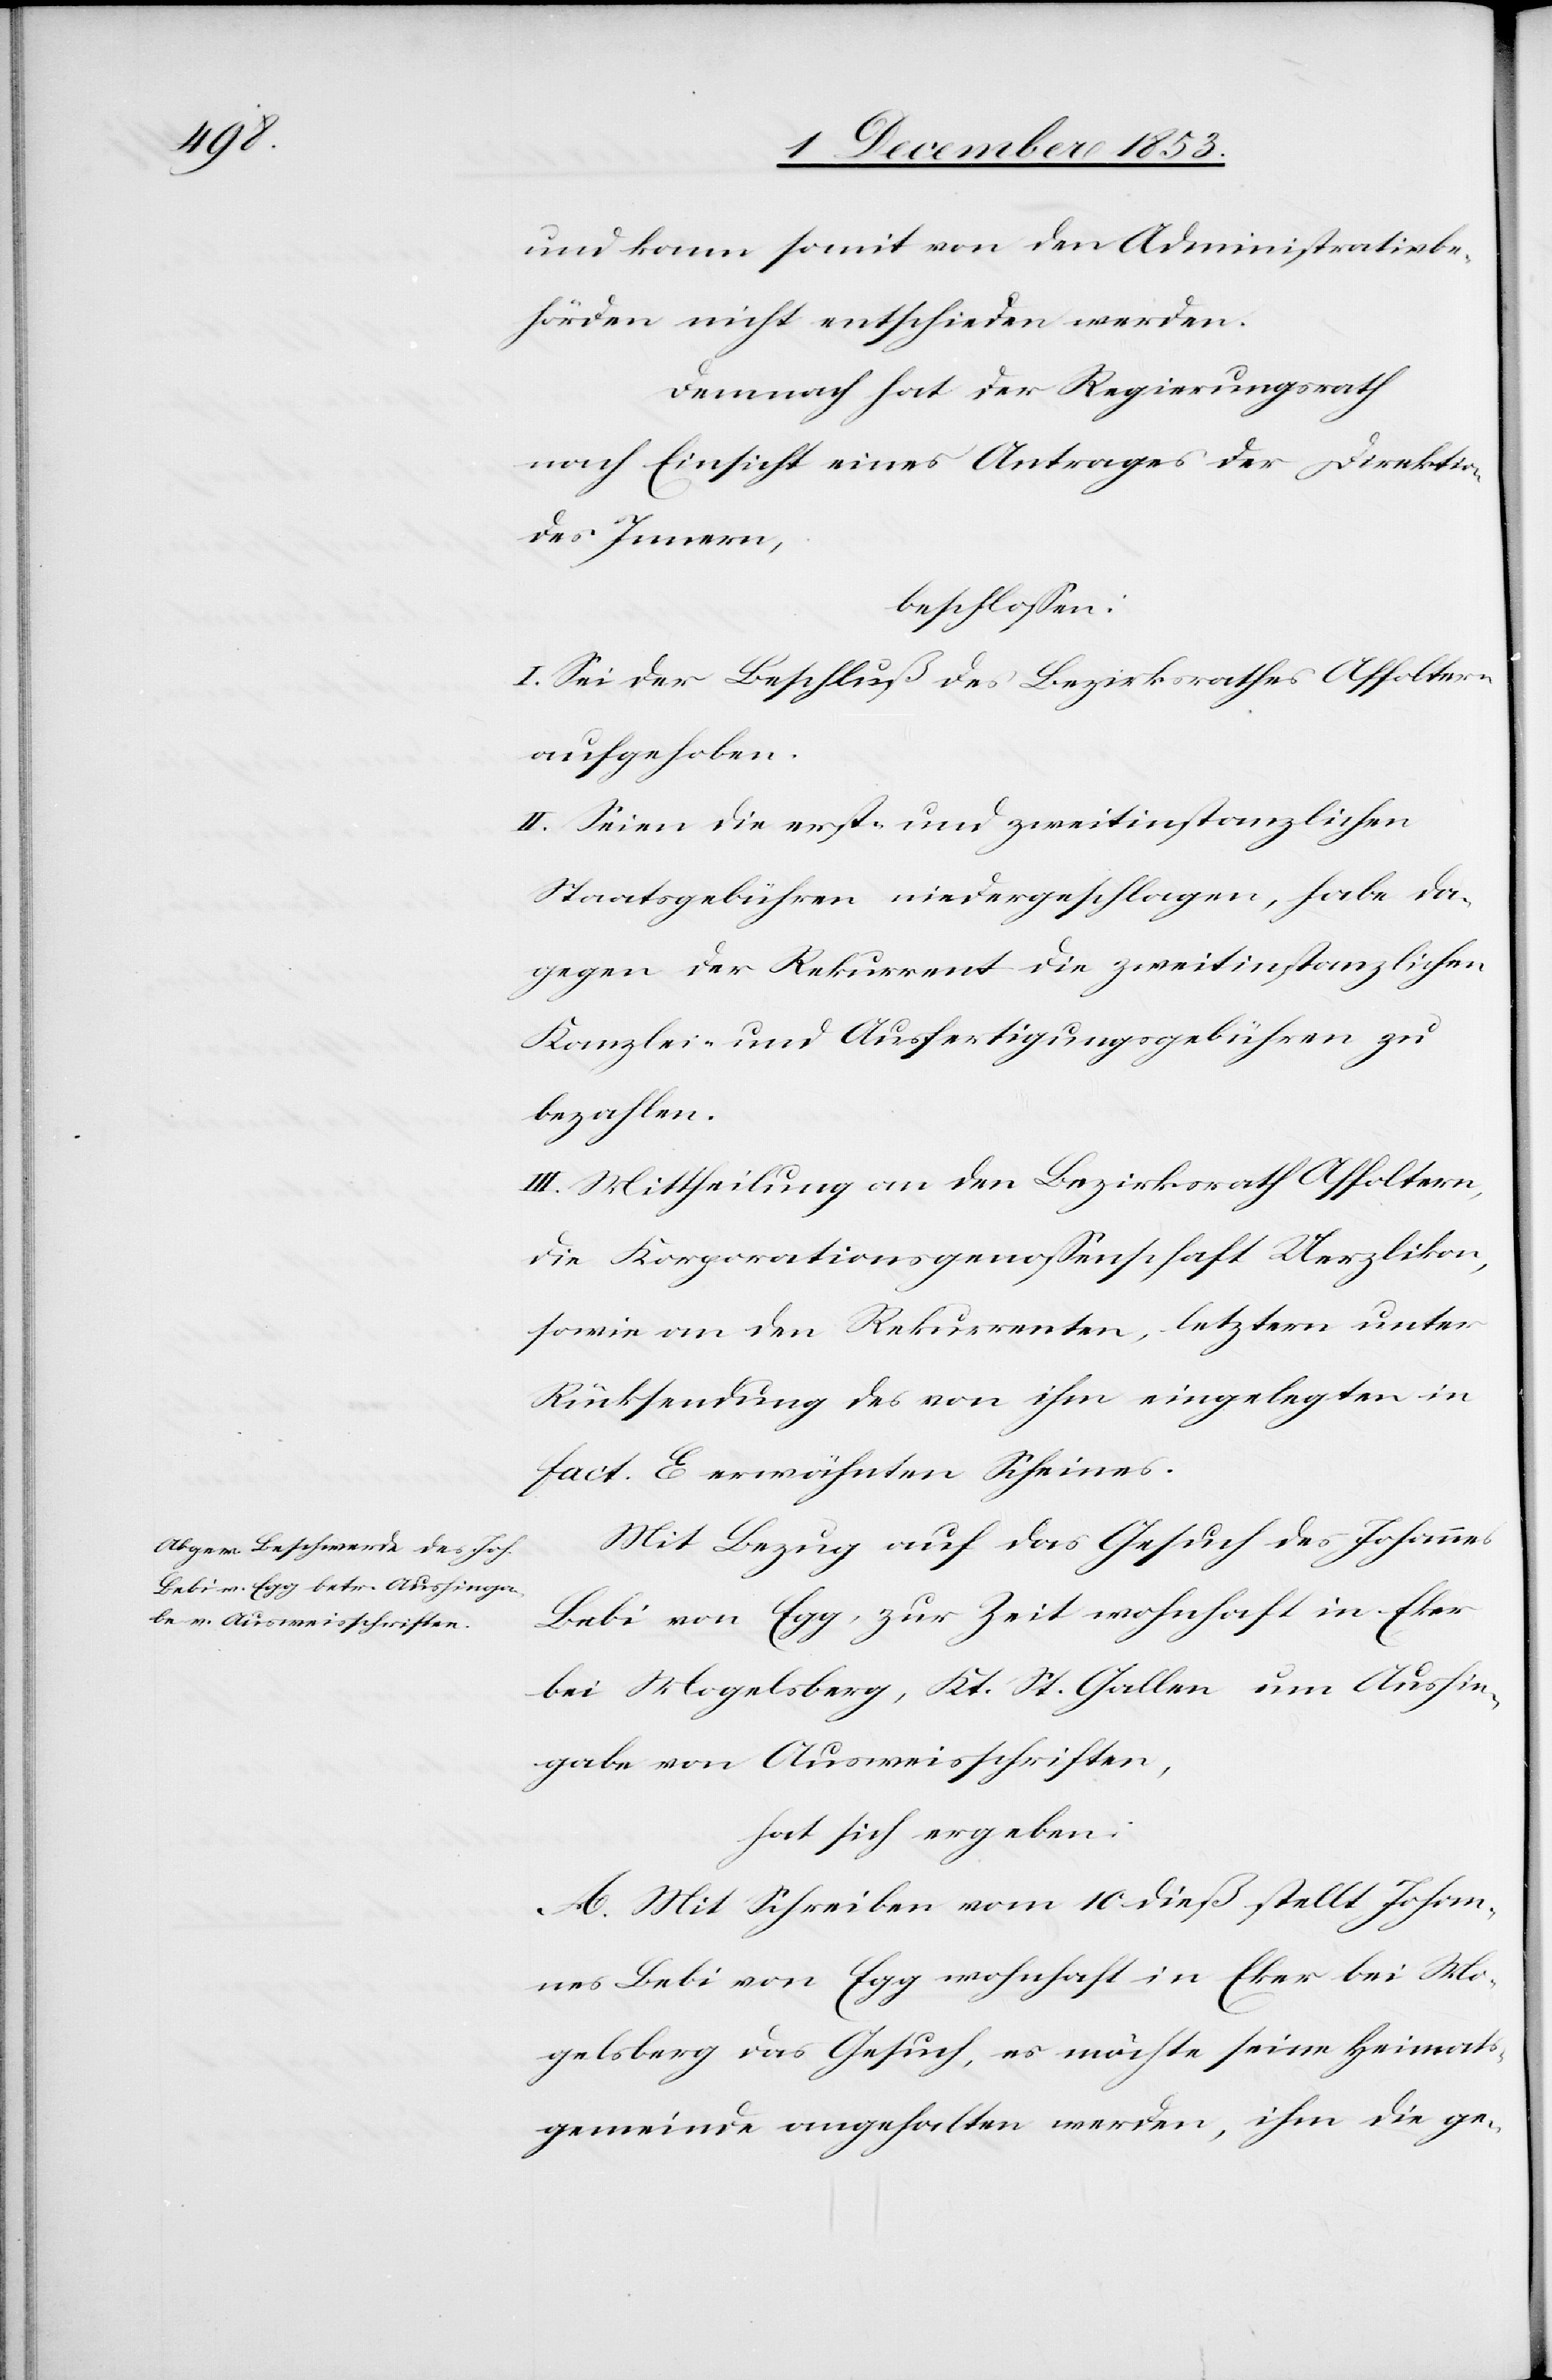
und kann somit von den Administrativbe¬
hörden nicht entschieden werden.
Demnach hat der Regierungsrath
nach Einsicht eines Antrages der Direktion
des Innern,
beschloßen:
I. Sei der Beschluß des Bezirksrathes Affoltern
aufgehoben.
II. Seien die erst- und zweitinstanzlichen
Staatsgebühren niedergeschlagen, habe da¬
gegen der Rekurrent die zweitinstanzlichen
Kanzlei- und Ausfertigungsgebühren zu
bezahlen.
III. Mittheilung an den Bezirksrath Affoltern,
die Korporationsgenoßenschaft Uerzikon,
sowie an den Rekurrenten, letztern unter
Rücksendung des von ihm eingelegten in
fact. E erwähnten Scheines.
Mit Bezug auf das Gesuch des Johannes
Bebi von Egg, zur Zeit wohnhaft in Eker
bei Mogelsberg, Kt. St. Gallen um Aushin¬
gabe von Ausweisschriften,
hat sich ergeben:
A. Mit Schreiben vom 10 dieß stellt Johan¬
nes Bebi von Egg wohnhaft in Eker bei Mo¬
gelsberg das Gesuch, es möchte seine Heimat¬
gemeinde angehalten werden, ihm die ge-